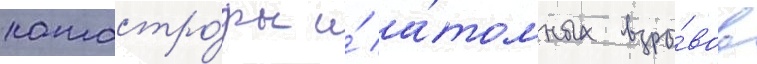
катастро́фы и́ а́томных взры́вов